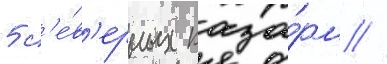
5 с'е́в'ерных каза́рм //